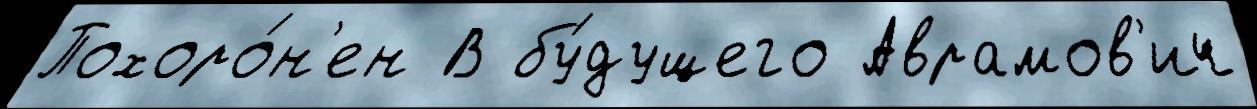
Похоро́н'ен В бу́дущего Аврамов'ич